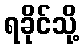
ရခိုင်သို့